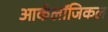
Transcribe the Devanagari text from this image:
आर्कलॉजिकल